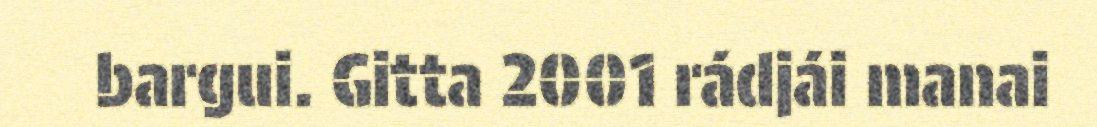
bargui. Gitta 2001 rádjái manai